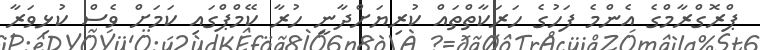
ޕްރޮގްރާމްގެ އެންމެ ފަހުގެ ހަރަކާތްތައް ކުރިޔަށްދާނީ ހުރާ ކޭމްޕްގައި ކަމަށް ވެސް ކުޅިވަރާ